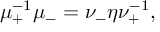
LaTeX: \mu _ { + } ^ { - 1 } \mu _ { - } = \nu _ { - } \eta \nu _ { + } ^ { - 1 } ,